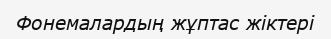
Фонемалардың жұптас жіктері